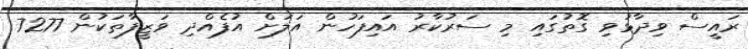
ރައީސް ވިދާޅުވި ގޮތުގައި މި ސަރުކާރު އައިފަހުން އަލަށް އުފެއްދި ވަޒީފާތަކުން 7277